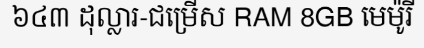
៦៤៣ ដុល្លារ-ជម្រើស RAM 8GB មេម៉ូរី